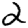
Digit: 2